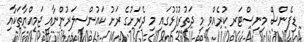
ޑިފެންސް މިނިސްޓަރ ކުރެއްވި މި ދަތުރުފުޅުގައި މި ދެރަށުގެ ރަށު ކައުންސިލަރުންނާއި ޖަމިއްޔާތަކާއި